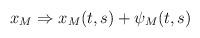
LaTeX: \begin{align*}x_{M}\Rightarrow x_{M}(t,s)+\psi _{M}(t,s)\end{align*}